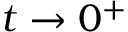
t \to 0 ^ { + }